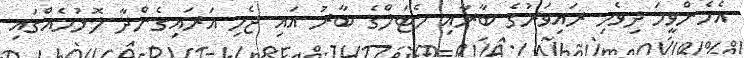
އެހެންވީމަ ދިވެހި ރައިވަރުގެ ބާރާއި މެޓަލްގެ ބާރު އައި ޖެހި އަރައިގެންދާ ލޮޅުމެއްގައި